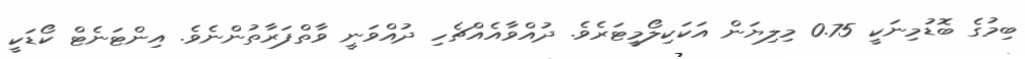
ބިމުގެ ބޮޑުމިނަކީ 0.75 މިލިޔަން އަކަކިލޯމީޓަރެވެ. ދުއްވާއެއްޗެހި ދުއްވަނީ ވާތްފަރާތުންނެވެ. އިންޓަނެޓް ކޯޑަކީ